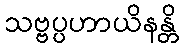
သဗ္ဗပ္ပဟာယိနန္တိ